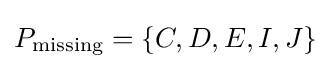
P_{\text{missing}}=\left\{C,D,E,I,J\right\}